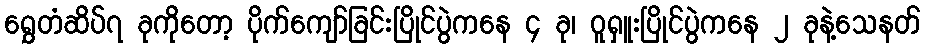
ရွှေတံဆိပ်၇ ခုကိုတော့ ပိုက်ကျော်ခြင်းပြိုင်ပွဲကနေ ၄ ခု၊ ဝူရှူးပြိုင်ပွဲကနေ ၂ ခုနဲ့သေနတ်